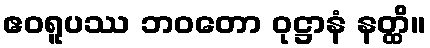
ဧဝရူပဿ ဘဝတော ဝုဋ္ဌာနံ နတ္ထိ။